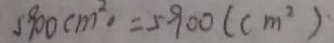
5 9 0 0 c m ^ { 2 } = 5 9 0 0 ( c m ^ { 2 } )